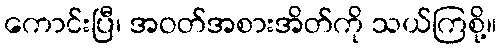
ကောင်းပြီ၊ အဝတ်အစားအိတ်ကို သယ်ကြစို့။